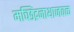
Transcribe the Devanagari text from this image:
मच्छिंद्रनाथाजवळ